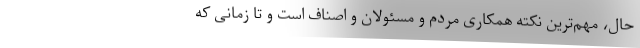
حال، مهم‌ترین نکته همکاری مردم و مسئولان و اصناف است و تا زمانی که